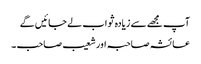
آپ مجھے سے زیادہ ثواب لے جائیں گے
عائشہ صاحبہ اور شعیب صاحب ۔